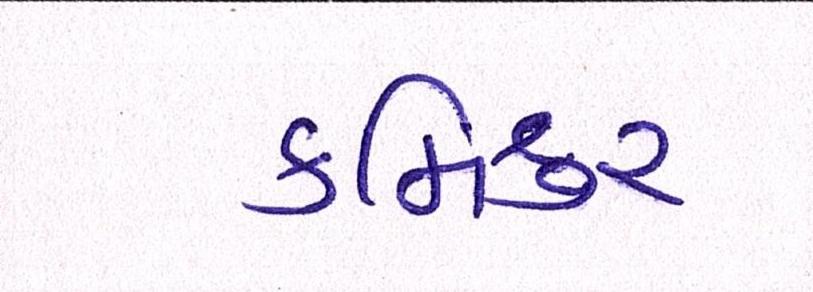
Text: કમિશ્નર